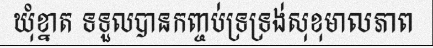
ឃុំខ្នាត ទទួលបានកញ្ចប់ទ្រទ្រង់សុខុមាលភាព